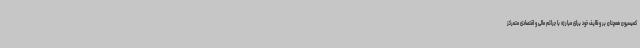
کمیسیون همچنان بر وظایف خود برای مبارزه با جرائم مالی و اقتصادی متمرکز